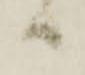
ハ